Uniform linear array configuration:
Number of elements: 32
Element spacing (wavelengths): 0.75
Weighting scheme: binomial
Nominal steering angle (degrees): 45
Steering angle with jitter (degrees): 43.712
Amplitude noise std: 0.05
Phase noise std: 0.05

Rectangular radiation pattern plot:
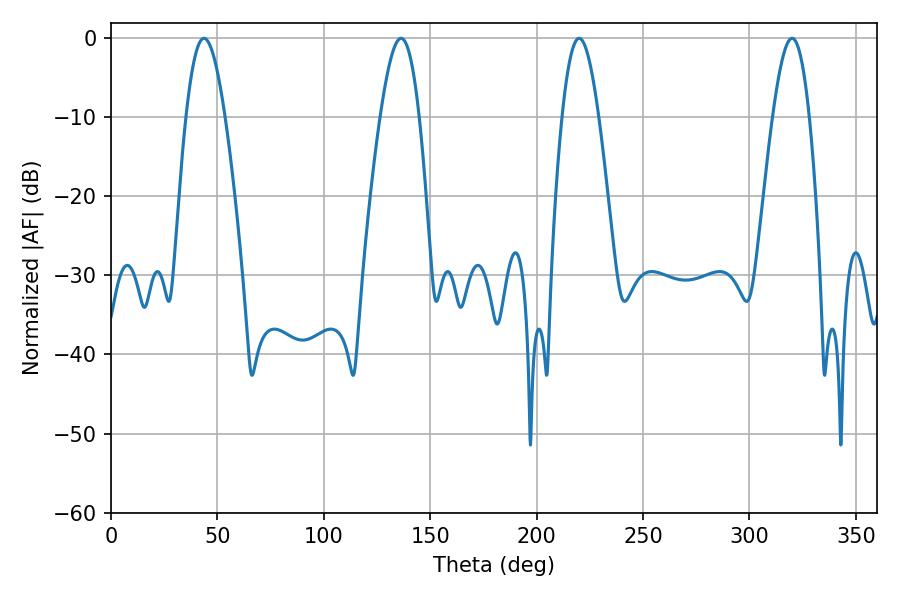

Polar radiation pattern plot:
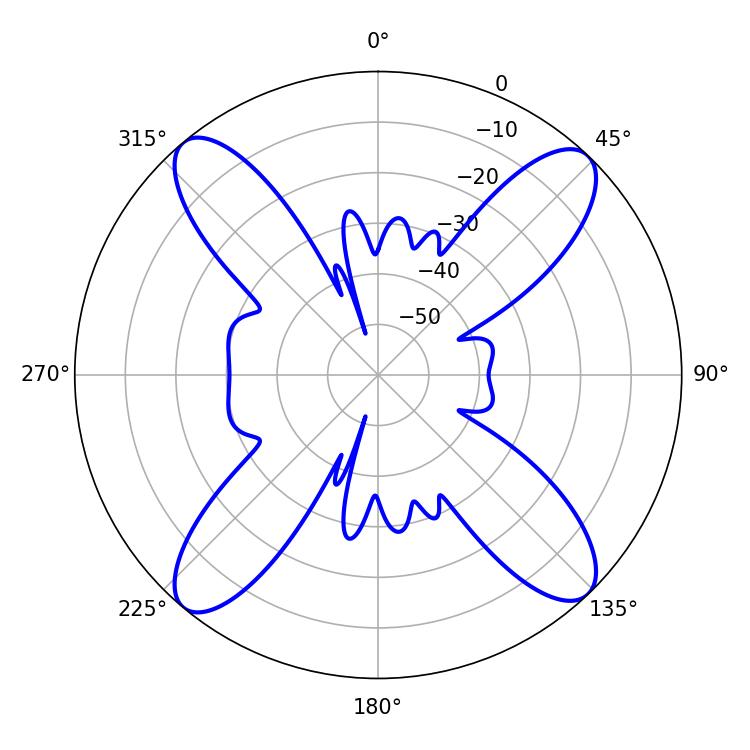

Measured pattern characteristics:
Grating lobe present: TRUE
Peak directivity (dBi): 17.994
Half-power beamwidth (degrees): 9.36
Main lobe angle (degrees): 219.96